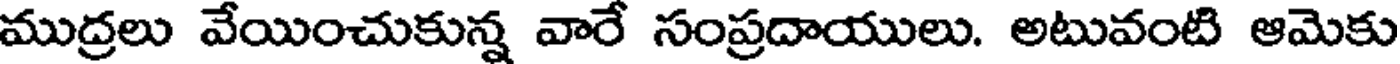
ముద్రలు వేయించుకున్న వారే సంప్రదాయులు. అటువంటి ఆమెకు